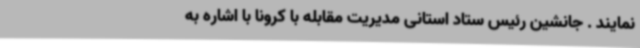
نمایند . جانشین رئیس ستاد استانی مدیریت مقابله با کرونا با اشاره به